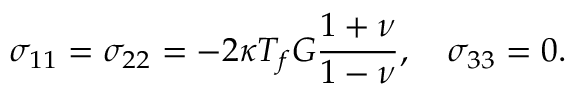
\sigma _ { 1 1 } = \sigma _ { 2 2 } = - 2 \kappa T _ { f } G \frac { 1 + \nu } { 1 - \nu } , \quad \sigma _ { 3 3 } = 0 .